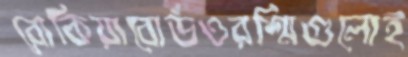
রোকিয়াবোর্ডওরশ্মিগুলোই